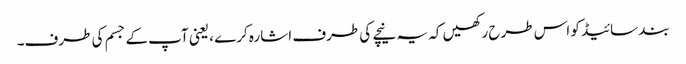
بند سائیڈ کو اس طرح رکھیں کہ یہ نیچے کی طرف اشارہ کرے ، یعنی آپ کے جسم کی طرف۔